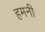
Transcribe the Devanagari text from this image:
हमनी